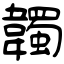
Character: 韣